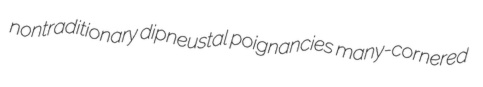
nontraditionary dipneustal poignancies many-cornered